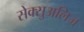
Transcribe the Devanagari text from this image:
सेक्सुअलिज